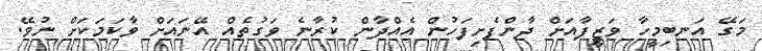
މަގޭ އަނބިމީހާ ވަޒީފާއަށް ދާންފެށިފަހުން އެއްދާން ކުރާނެ ވަގުތެއް އޭނައަށް ވާކަމަކަށް ނުވޭ.